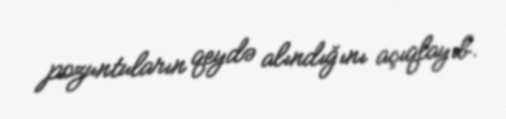
pozuntuların qeydə alındığını açıqlayıb.